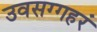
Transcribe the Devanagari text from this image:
उवसग्गहरं